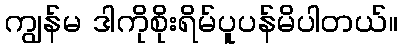
ကျွန်မ ဒါကိုစိုးရိမ်ပူပန်မိပါတယ်။